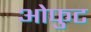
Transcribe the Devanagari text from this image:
ओफुट